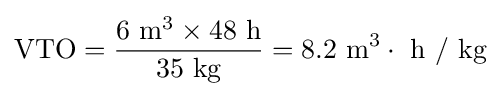
{\text{VTO}}={\frac {6{\text{ m}}^{3}\times 48{\text{ h}}}{35{\text{ kg}}}}=8.2{\text{ m}}^{3}\cdot {\text{ h / kg}}